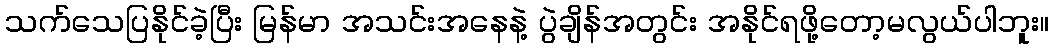
သက်သေပြနိုင်ခဲ့ပြီး မြန်မာ အသင်းအနေနဲ့ ပွဲချိန်အတွင်း အနိုင်ရဖို့တော့မလွယ်ပါဘူး။